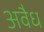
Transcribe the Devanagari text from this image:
अवैध